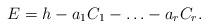
LaTeX: \begin{align*}E = h - a_1 C_1 - \hdots - a_r C_r.\end{align*}